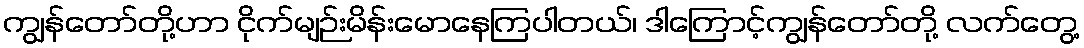
ကျွန်တော်တို့ဟာ ငိုက်မျဉ်းမိန်းမောနေကြပါတယ်၊ ဒါကြောင့်ကျွန်တော်တို့ လက်တွေ့